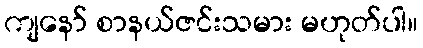
ကျနော် စာနယ်ဇင်းသမား မဟုတ်ပါ။